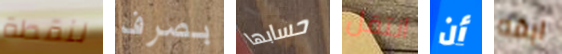
لنقطة بصرف حسابها انتقل أن ابقه